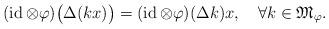
LaTeX: \begin{align*}(\operatorname{id}\otimes\varphi)\bigl(\Delta(kx)\bigr)=(\operatorname{id}\otimes\varphi)(\Delta k)x,\quad\forall k\in{\mathfrak M}_{\varphi}.\end{align*}